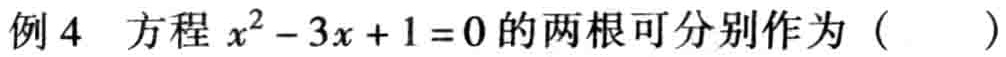
例 4 方程 \(x^{2}-3x + 1 = 0\) 的两根可分别作为（  ）